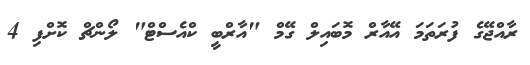
ރާއްޖޭގެ ފުރަތަމަ އޭއާރް މޮބައިލް ގޭމް "އާރްބީ ކްއެސްޓް" ލޯންޗް ކޮށްފި 4